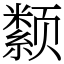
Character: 颣